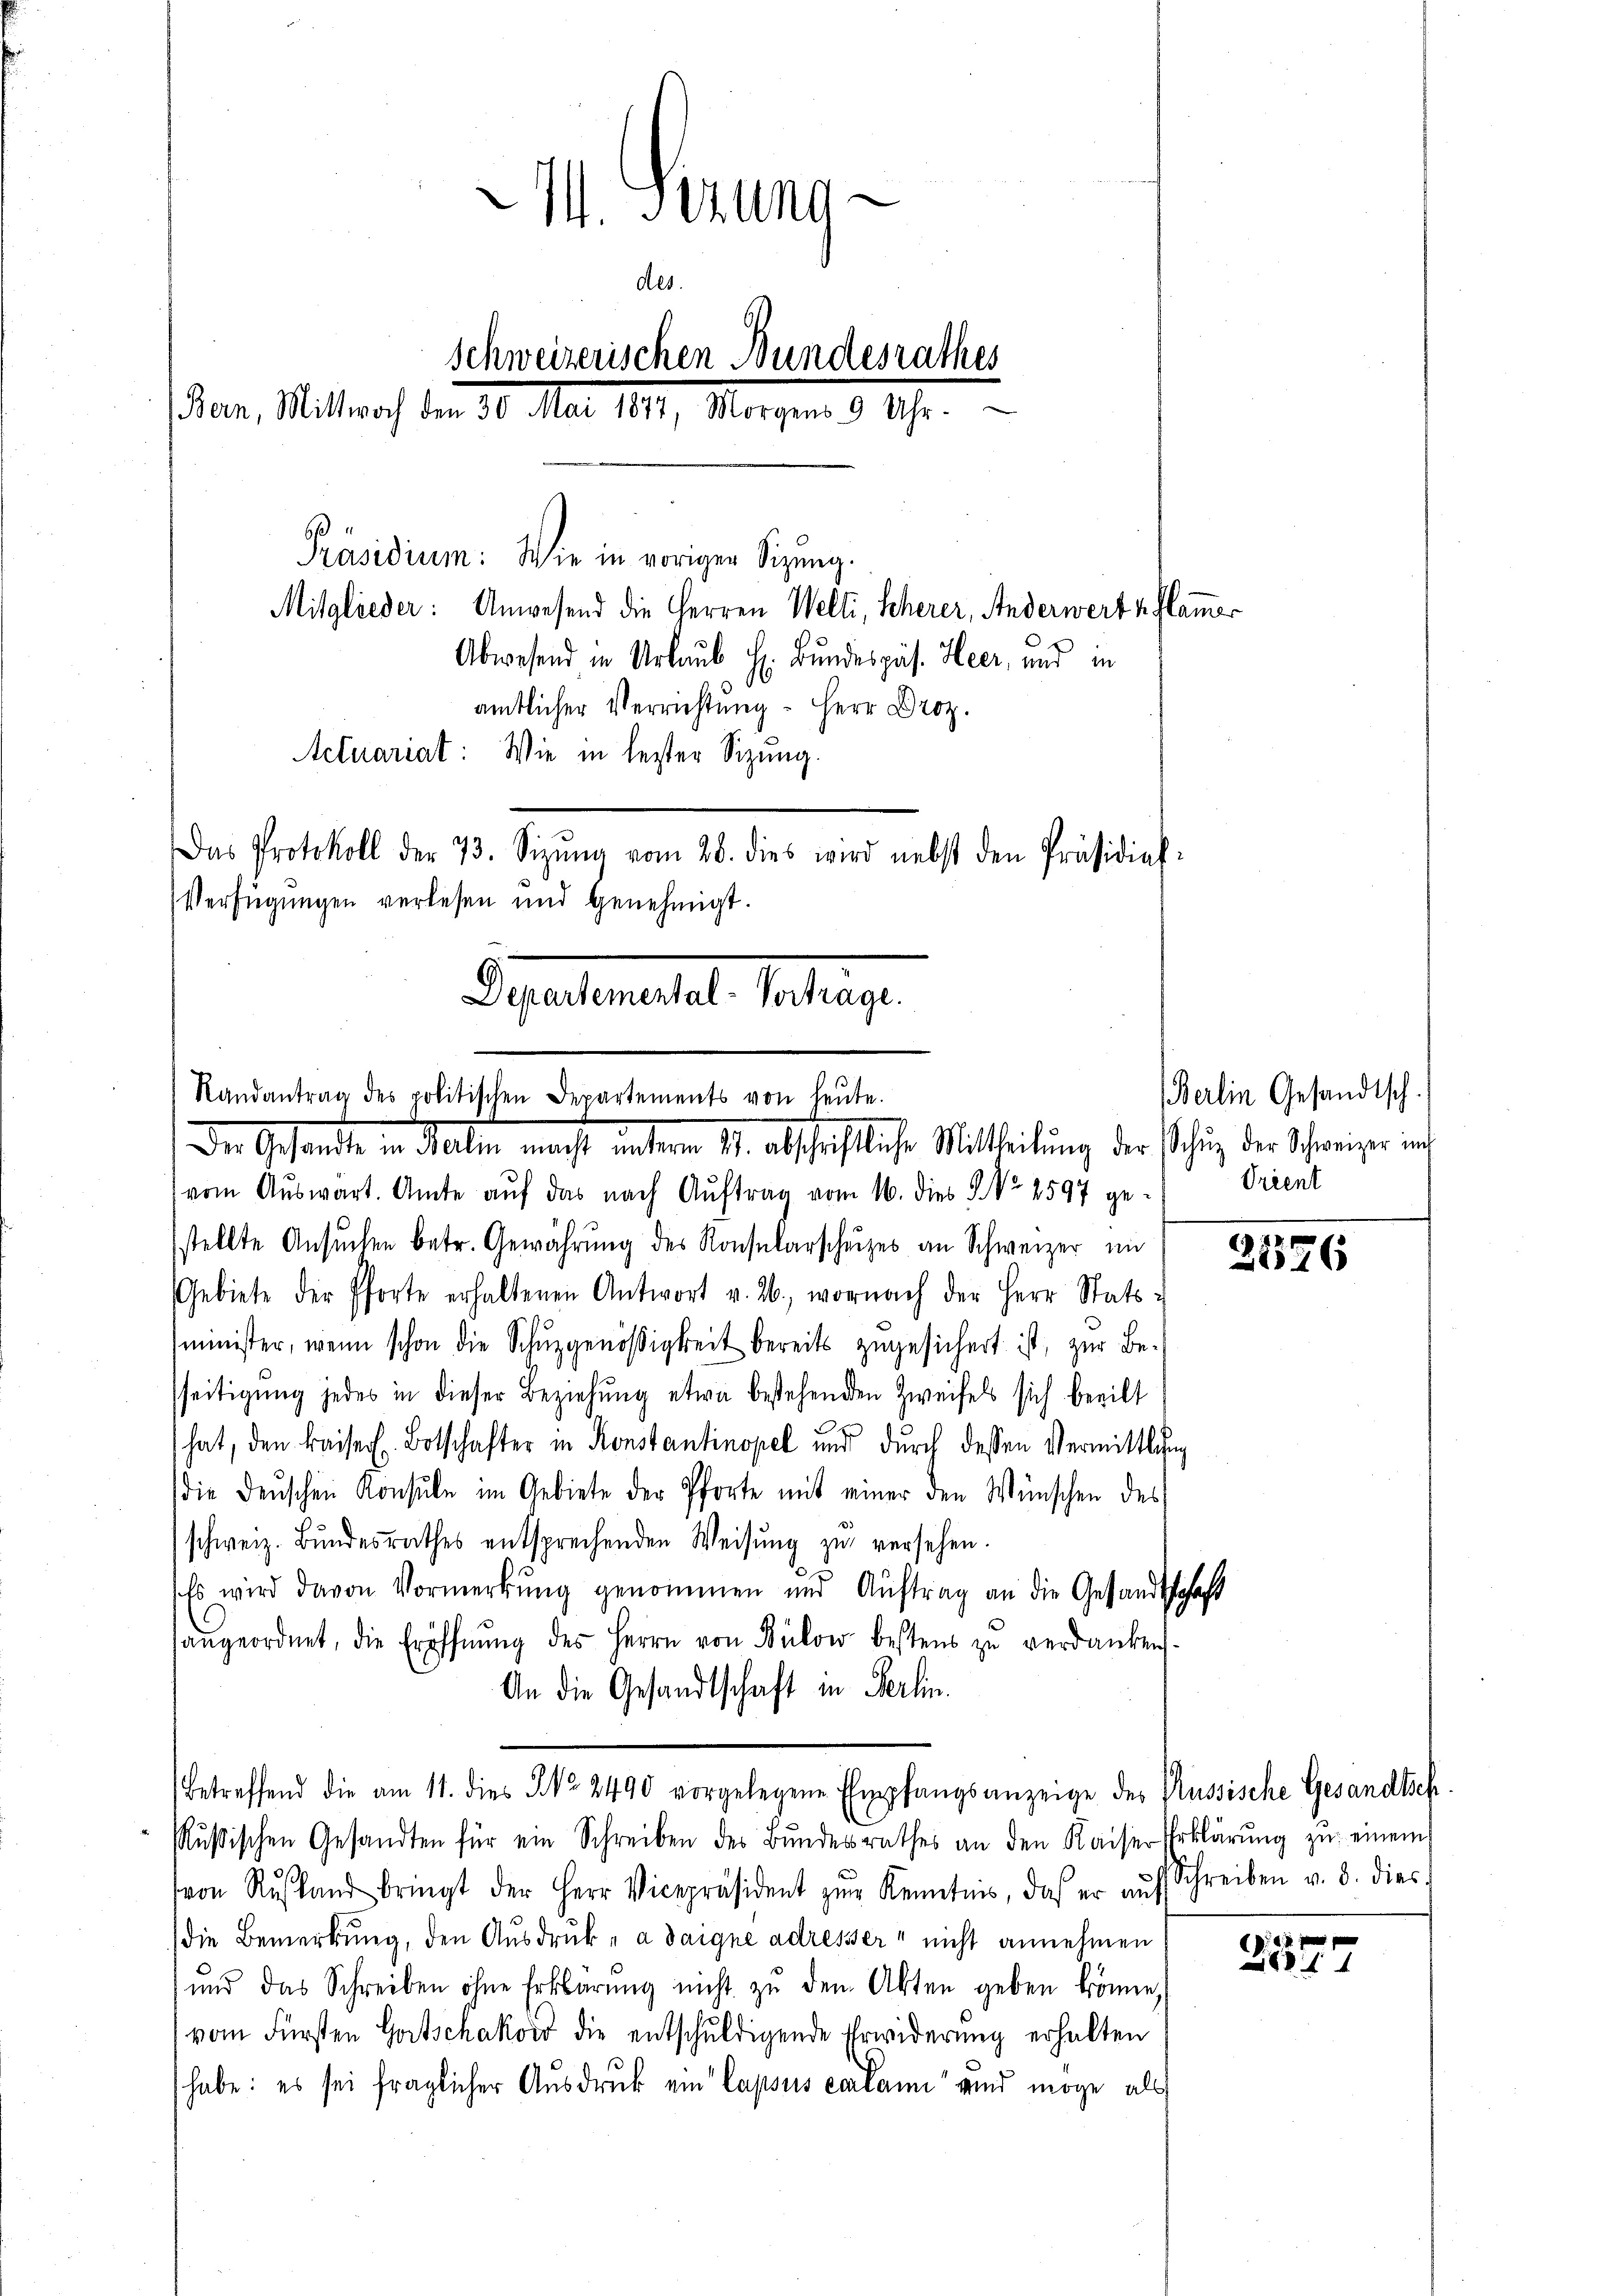
M. Itzung
des.
Schweizerischen Bundesrathes
er, Mittrach dem 30. Mai 1819. Morgen 10 Uhr.
Präsidium: Wie in voriger Sitzung.
Mitglieder: Anwesend die Herren Welti, Scherer, Anderwert u. Flammer
Abwesend in Urlaub h. Bundespäs. Heer, und in

Verfügungen verlesen und genehmigt.
Departementat. Vertrage
Randantrag des politischen Departements von heute.
Der Gestande in Malten macht unterm 11. abschriftliche Mittheilung der Schlug der Schweiger und
vom Aŭswart. Amte aŭf das nach Aŭftrag vom 16. dies No 2597 ge-

amtlicher Verrichtung – Herr Droz.
Actuariat: Wie in lester Sitzung.

Das Protokoll der 73. Sizŭng vom 20. dies wird nebst den Präsidial-

sstellte Ansŭchen betr. Gewährung des Konsularscheizes an Schweizer im
Gebiete der Pforte erhaltenen Antwort v. 2., wornach der Herr Stats-
sminister, wenn schon die Schŭzgenößigkeit bereits zugesichert ist, zur Besseitigung jedes in dieser Beziehung etwa bestehenden Zweifels sich beeilt
hat, den Kaiserl. Botschafter in Konstantinopel und durch dessen Vermittlung
die denschen Konsŭle im Gebiete der Pforte mit einer den Wünschen des
schweiz. Bŭndesrathes entsprechenden Weisŭng zŭ versehen.
Es wird davon Vormerkung genommen und Auftrag an die Gesandtschaft
hangeordnet, die Eröffnŭng des Herrn von Bülow bestens zu verdanken.
An die Gesandtschaft in Berlin.
betreffend die am 11. dies No. 2490 vorgelegene Empfangsanzeige des Aussische Gesandtsch
Rŭsischen Gesandten für ein Schreiben des Bŭndesrathes an den Kaiser Erklärŭng zŭ einem
von Rußland bringt der Herr Vicepräsident zŭm Kenntnis, das er aŭf Schreiben v. 3. dies
(die Bemerkung, den Ausdruck „ a daigne adresser nicht annehmen
und das Schreiben ohne Erklärung nicht zu dem Akten geben könne,
vom Fürsten Gottschakoir die entschuldigende Erwiderung erhalten
habe: es sei fraglicher Ausdruck ein Capsus eclami vnnd möge als

Berlin Gesandtsch.
Trient

2176

11 xx
1